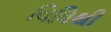
વિધિથી